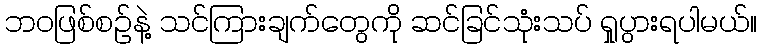
ဘဝဖြစ်စဉ်နဲ့ သင်ကြားချက်တွေကို ဆင်ခြင်သုံးသပ် ရှုပွားရပါမယ်။